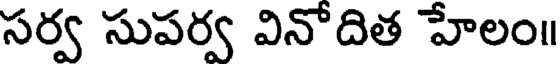
సర్వ సుపర్వ వినోదిత హేలం॥